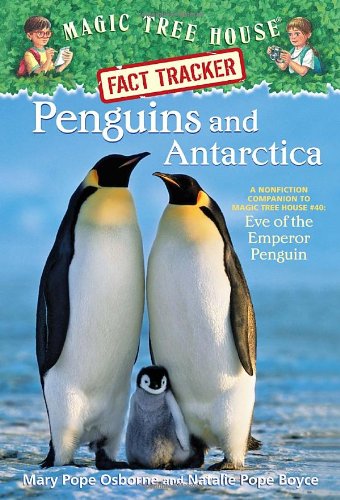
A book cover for Magic Tree House Fact Tracker #18: Penguins and Antarctica: A Nonfiction Companion to Magic Tree House #40: Eve of the Emperor Penguin; Mary Pope Osborne; Children's Books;